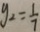
y _ { 2 } = \frac { 1 } { 7 }